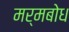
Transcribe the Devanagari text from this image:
मर्मबोध